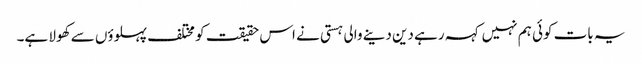
یہ بات کوئی ہم نہیں کہہ رہے دین دینے والی ہستی نے اس حقیقت کو مختلف پہلوؤں سے کھولا ہے۔